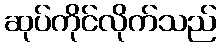
ဆုပ်ကိုင်လိုက်သည်